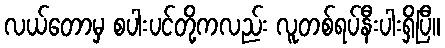
လယ်တောမှ စပါးပင်တို့ကလည်း လူတစ်ရပ်နီးပါးရှိပြီ။